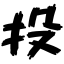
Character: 投